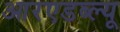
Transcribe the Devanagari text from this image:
आरएडब्ल्यू